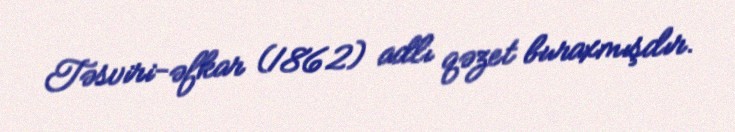
Təsviri-əfkar (1862) adlı qəzet buraxmışdır.